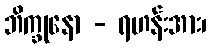
ဘိက္ခုနော - ရဟန်းအား၊